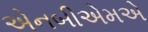
એનબીએમએ